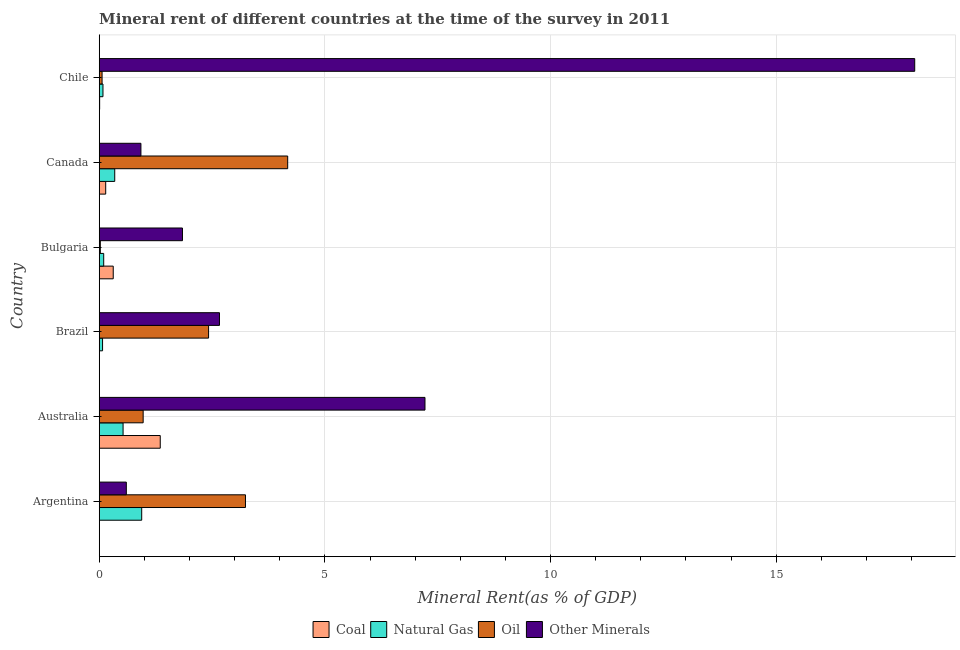
| Country | Coal | Natural Gas | Oil | Other Minerals |
 | --- | --- | --- | --- | --- |
 | Argentina | 0.000907 | 0.942 | 3.24 | 0.601 |
 | Australia | 1.35 | 0.529 | 0.974 | 7.22 |
 | Brazil | 0.00371 | 0.0741 | 2.42 | 2.66 |
 | Bulgaria | 0.31 | 0.0995 | 0.0243 | 1.84 |
 | Canada | 0.144 | 0.344 | 4.18 | 0.924 |
 | Chile | 0.00936 | 0.0833 | 0.0633 | 18.1 |